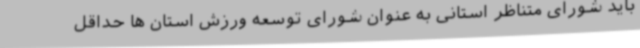
باید شورای متناظر استانی به عنوان شورای توسعه ورزش استان ها حداقل